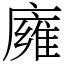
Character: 𢋊